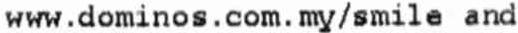
WWW.DOMINOS.COM.MY/SMILE AND